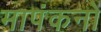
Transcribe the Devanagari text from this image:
मापंकनों